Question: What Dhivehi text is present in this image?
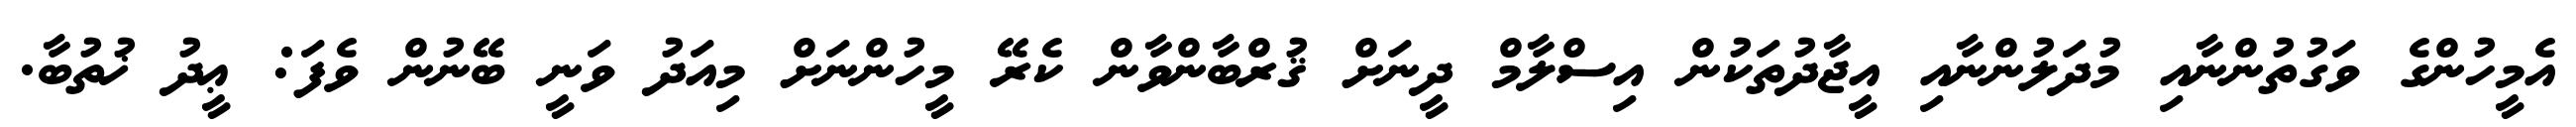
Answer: އެމީހުންގެ ވަގުތުންނާއި މުދަލުންނާއި އީޖާދުތަކުން އިސްލާމް ދީނަށް ޤުރްބާންވާން ކެރޭ މީހުންނަށް މިއަދު ވަނީ ބޭނުން ވެފަ: ޢީދު ޚުތުބާ.